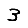
Digit: 3